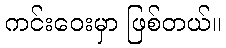
ကင်းဝေးမှာ ဖြစ်တယ်။